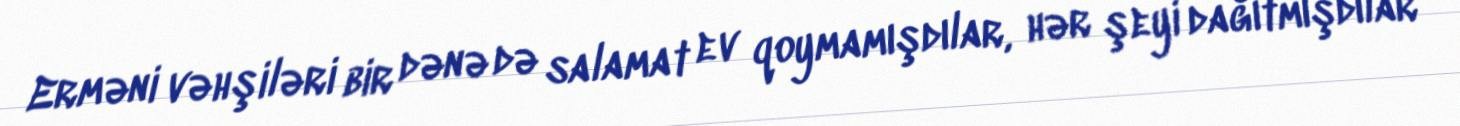
Erməni vəhşiləri bir dənə də salamat ev qoymamışdılar, hər şeyi dağıtmışdılar